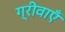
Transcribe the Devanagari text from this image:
ग्रीवाएँ